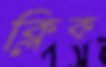
ক্লিক